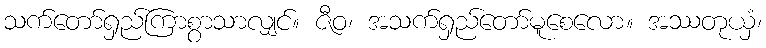
သက်တော်ရှည်ကြာစွာသာလျှင်။ ဇီဝ၊ အသက်ရှည်တော်မူစေလော။ အဿတုယှံ၊